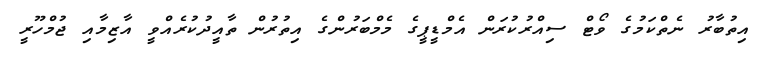
އިތުބާރު ނެތްކަމުގެ ވޯޓް ސިއްރުކުރަން އެމްޑީޕީގެ މެމްބަރުންގެ އިތުރުން ތާއީދުކުރެއްވީ އާޒިމާއި ޖުމްހޫރީ